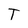
Character: T